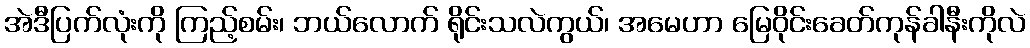
အဲဒီပြက်လုံးကို ကြည့်စမ်း၊ ဘယ်လောက် ရိုင်းသလဲကွယ်၊ အမေဟာ မြေဝိုင်းခေတ်ကုန်ခါနီးကိုလဲ